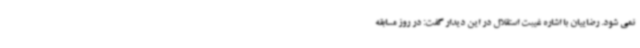
نمی شود. رضاییان با اشاره غیبت استقلال در این دیدار گفت: در روز مسابقه